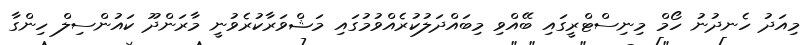
މިއަދު ހެނދުނު ހޯމް މިނިސްޓްރީގައި ބޭއްވި މިބައްދަލުކުރެއްވުމުގައި މަޝްވަރާކުރެވުނީ މާރަންދޫ ކައުންސިލް ހިންގާ